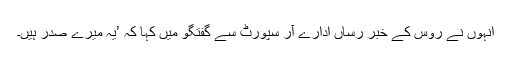
اْنہوں نے روس کے خبر رساں ادارے آر سپورٹ سے گفتگو میں کہا کہ ’یہ میرے صدر ہیں۔